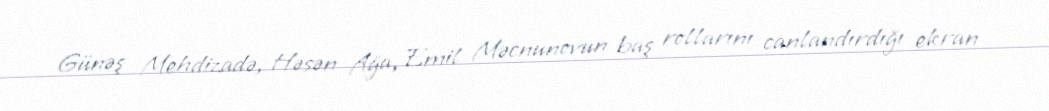
Günəş Mehdizadə, Həsən Ağa, Emil Məcnunovun baş rollarını canlandırdığı ekran